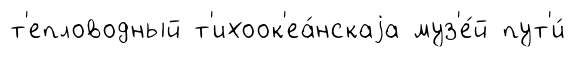
т'епловодный т'ихоок'еа́нскаjа муз'е́й пут'и́